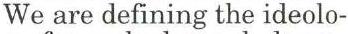
We are defining the ideolo-